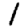
Digit: 1